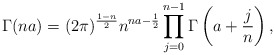
\begin{align*}\Gamma(n a) = (2\pi)^{\frac{1-n}{2}} n^{n a - \frac{1}{2}} \prod_{j=0}^{n-1} \Gamma\left(a + \frac{j}{n}\right),\end{align*}